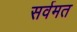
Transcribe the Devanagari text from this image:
सर्वमत